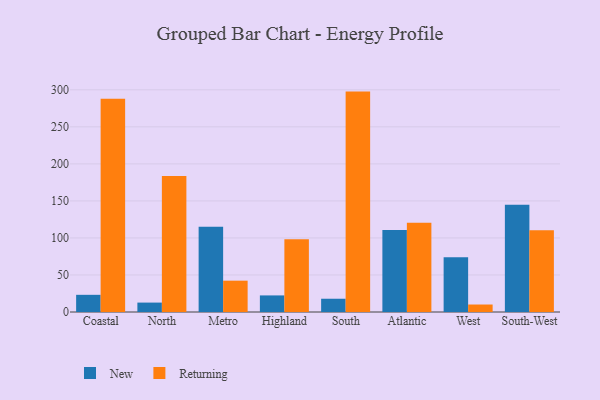
{"axis": {"x": "Region", "y": "Headcount"}, "legend": ["New", "Returning"], "data": [{"x": "Coastal", "y": 23.2, "type": "New"}, {"x": "Coastal", "y": 288.0, "type": "Returning"}, {"x": "North", "y": 12.7, "type": "New"}, {"x": "North", "y": 183.8, "type": "Returning"}, {"x": "Metro", "y": 115.1, "type": "New"}, {"x": "Metro", "y": 42.3, "type": "Returning"}, {"x": "Highland", "y": 22.4, "type": "New"}, {"x": "Highland", "y": 98.4, "type": "Returning"}, {"x": "South", "y": 17.9, "type": "New"}, {"x": "South", "y": 297.6, "type": "Returning"}, {"x": "Atlantic", "y": 110.8, "type": "New"}, {"x": "Atlantic", "y": 120.6, "type": "Returning"}, {"x": "West", "y": 73.8, "type": "New"}, {"x": "West", "y": 10.1, "type": "Returning"}, {"x": "South-West", "y": 144.8, "type": "New"}, {"x": "South-West", "y": 110.5, "type": "Returning"}]}